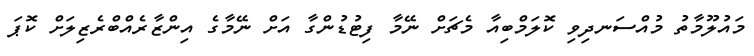
މައުލޫމާތު މުއްސަނދިވި ކޮލަމްބިއާ މެޗަށް ނޭމާ ފިޓުޑުންގާ އަށް ނޭމާގެ އިންޒާރެއްބްރެޒިލަށް ކޮޕަ